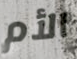
الأم